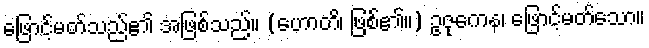
ဖြောင့်မတ်သည်၏ အဖြစ်သည်။ (ဟောတိ၊ ဖြစ်၏။) ဥဇုကေန၊ ဖြောင့်မတ်သော။